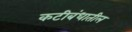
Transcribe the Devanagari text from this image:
कटीबंधातील